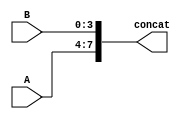
module concatenator(
    input [3:0] A,
    input [3:0] B,
    output [7:0] concat
    );
    assign concat = {A, B};
endmodule